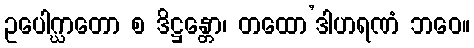
ဥပေါဂ္ဃာတော စ ဒိဋ္ဌန္တော၊ တထော’ဒါဟရဏံ ဘဝေ။